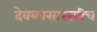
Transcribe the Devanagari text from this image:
देवळासारखीच